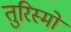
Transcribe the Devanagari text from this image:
तुरिस्मो